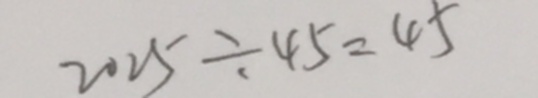
2 0 2 5 \div 4 5 = 4 5